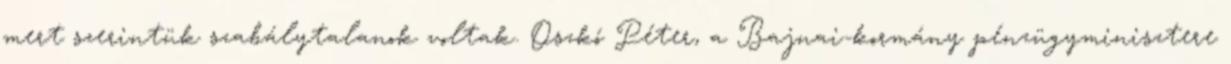
mert szerintük szabálytalanok voltak. Oszkó Péter, a Bajnai-kormány pénzügyminisztere